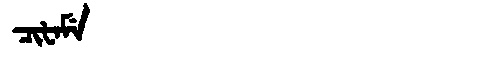
Manchu: ᠴᡳᡶᠠᠮᡝ
Romanization: CIFAME